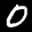
Label: 0